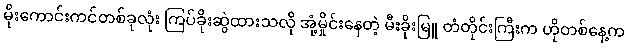
မိုးကောင်းကင်တစ်ခုလုံး ကြပ်ခိုးဆွဲထားသလို အုံ့မှိုင်းနေတဲ့ မီးခိုးမြူ တံတိုင်းကြီးက ဟိုတစ်နေ့က